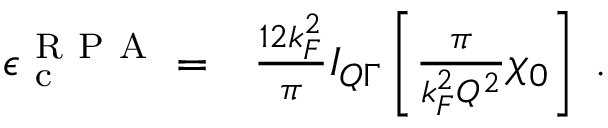
\begin{array} { r l } { \epsilon _ { \mathrm { ~ c ~ } } ^ { \mathrm { ~ R ~ P ~ A ~ } } = } & { { } \frac { 1 2 k _ { F } ^ { 2 } } { \pi } I _ { Q \Gamma } \left[ \frac { \pi } { k _ { F } ^ { 2 } Q ^ { 2 } } \chi _ { 0 } \right] \; . } \end{array}